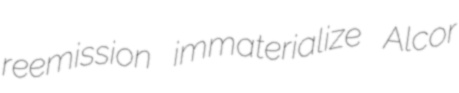
reemission immaterialize Alcor